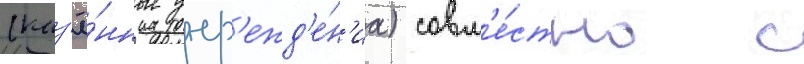
(каз'ё́нные учр'ежд'е́н'иа) совм'е́стно с